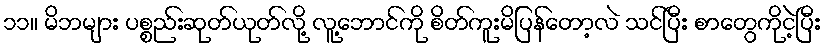
၁၁။ မိဘများ ပစ္စည်းဆုတ်ယုတ်လို့ လူ့ဘောင်ကို စိတ်ကူးမိပြန်တော့လဲ သင်ပြီး စာတွေကိုငဲ့ပြီး